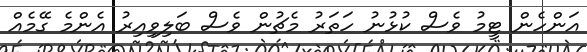
އަންހެން ޓީމު ވެސް ކުޅުނު ހަތަރު މެޗުން ވެސް ބަލިވިއިރު އެންމެ ގޭމެއް